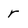
Character: r